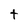
Character: t